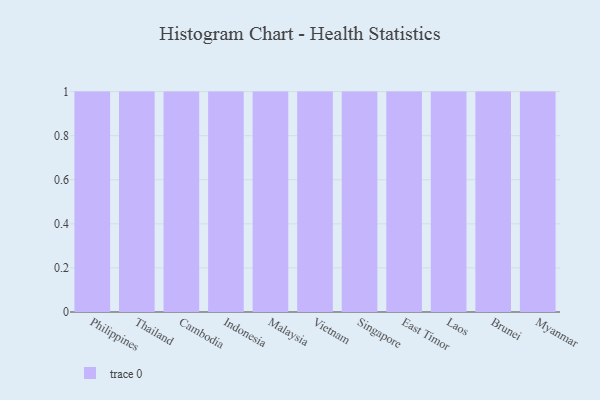
{"axis": {"x": "Country", "y": "LTV (USD)"}, "legend": [""], "data": [{"x": "Philippines", "y": 76, "type": ""}, {"x": "Thailand", "y": 24, "type": ""}, {"x": "Cambodia", "y": 88, "type": ""}, {"x": "Indonesia", "y": 89, "type": ""}, {"x": "Malaysia", "y": 84, "type": ""}, {"x": "Vietnam", "y": 30, "type": ""}, {"x": "Singapore", "y": 6, "type": ""}, {"x": "East Timor", "y": 41, "type": ""}, {"x": "Laos", "y": 31, "type": ""}, {"x": "Brunei", "y": 19, "type": ""}, {"x": "Myanmar", "y": 40, "type": ""}]}